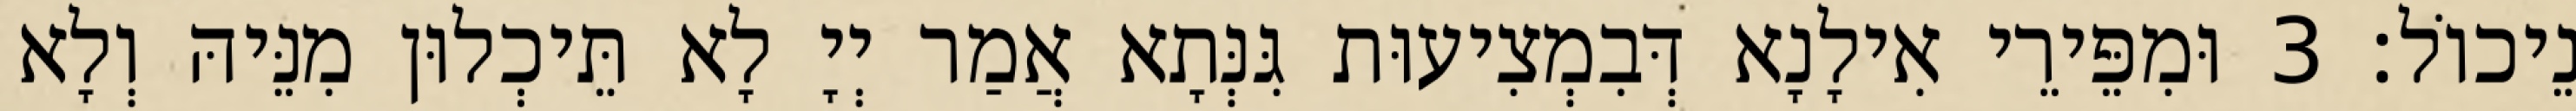
נֵיכוֹל׃ 3 וּמִפֵּירֵי אִילָנָא דְּבִמְצִיעוּת גִּנְּתָא אֲמַר יְיָ לָא תֵּיכְלוּן מִנֵּיהּ וְלָא